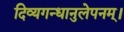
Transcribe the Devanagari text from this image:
दिव्यगन्धानुलेपनम्‌।